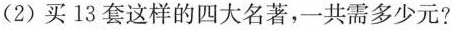
(2)买13套这样的四大名著，一共需多少元?